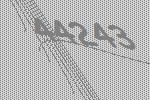
44243